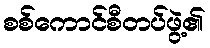
စစ်ကောင်စီတပ်ဖွဲ့၏